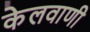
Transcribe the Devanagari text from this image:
केलवाणी